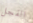
الفجل